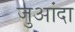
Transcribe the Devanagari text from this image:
जुआंदा